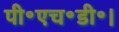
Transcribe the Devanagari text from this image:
पी॰एच॰डी॰।